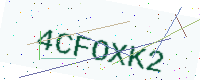
Text: 4CFOXK2